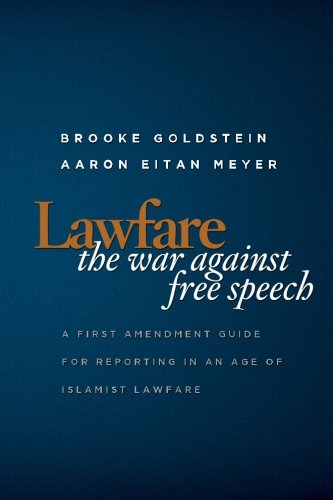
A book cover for Lawfare: The War Against Free Speech: A First Amendment Guide for Reporting in an Age of Islamist Lawfare; Brooke M Goldstein; Law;